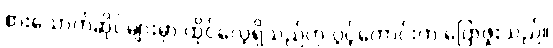
စားသောက်ဆိုင်များမှာ ထိုင်လေ့ရှိသည်ဟု ပွင့်ကောင်းက ပြောဖူးသည်။